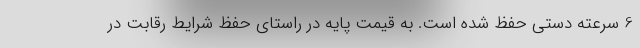
6 سرعته دستی حفظ شده است. به قیمت پایه در راستای حفظ شرایط رقابت در